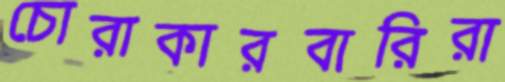
চোরাকারবারিরা